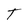
Character: T